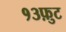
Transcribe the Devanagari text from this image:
१३फ़ुट